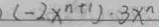
( - 2 x ^ { n + 1 } ) \cdot 3 x ^ { n }